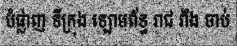
បំផ្លាញ ទីក្រុង ឡោមព័ទ្ធ រាជ វាំង ចាប់